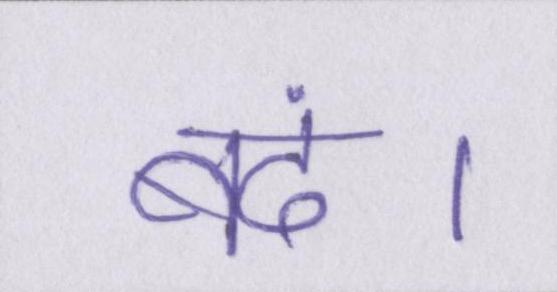
बंद।